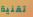
تقنية